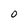
Character: O